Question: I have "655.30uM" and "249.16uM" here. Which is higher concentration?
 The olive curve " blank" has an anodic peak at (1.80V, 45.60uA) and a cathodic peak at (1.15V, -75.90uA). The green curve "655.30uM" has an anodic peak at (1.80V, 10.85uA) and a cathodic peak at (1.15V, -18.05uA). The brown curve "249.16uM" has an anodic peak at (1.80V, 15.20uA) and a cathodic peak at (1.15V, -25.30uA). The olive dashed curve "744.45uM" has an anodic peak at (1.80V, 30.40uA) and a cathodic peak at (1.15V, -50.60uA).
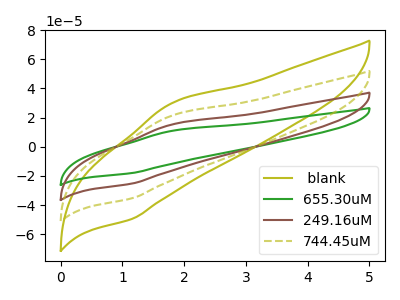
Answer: <think>All the peaks in "655.30uM" have a peak in "249.16uM" at the same potential. Every peak in "655.30uM" is lower than every peak in "249.16uM".
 </think>
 <answer>"655.30uM" has less signal than "249.16uM" and so likely has a lower concentration.</answer>
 <eval>less_concentration</eval>